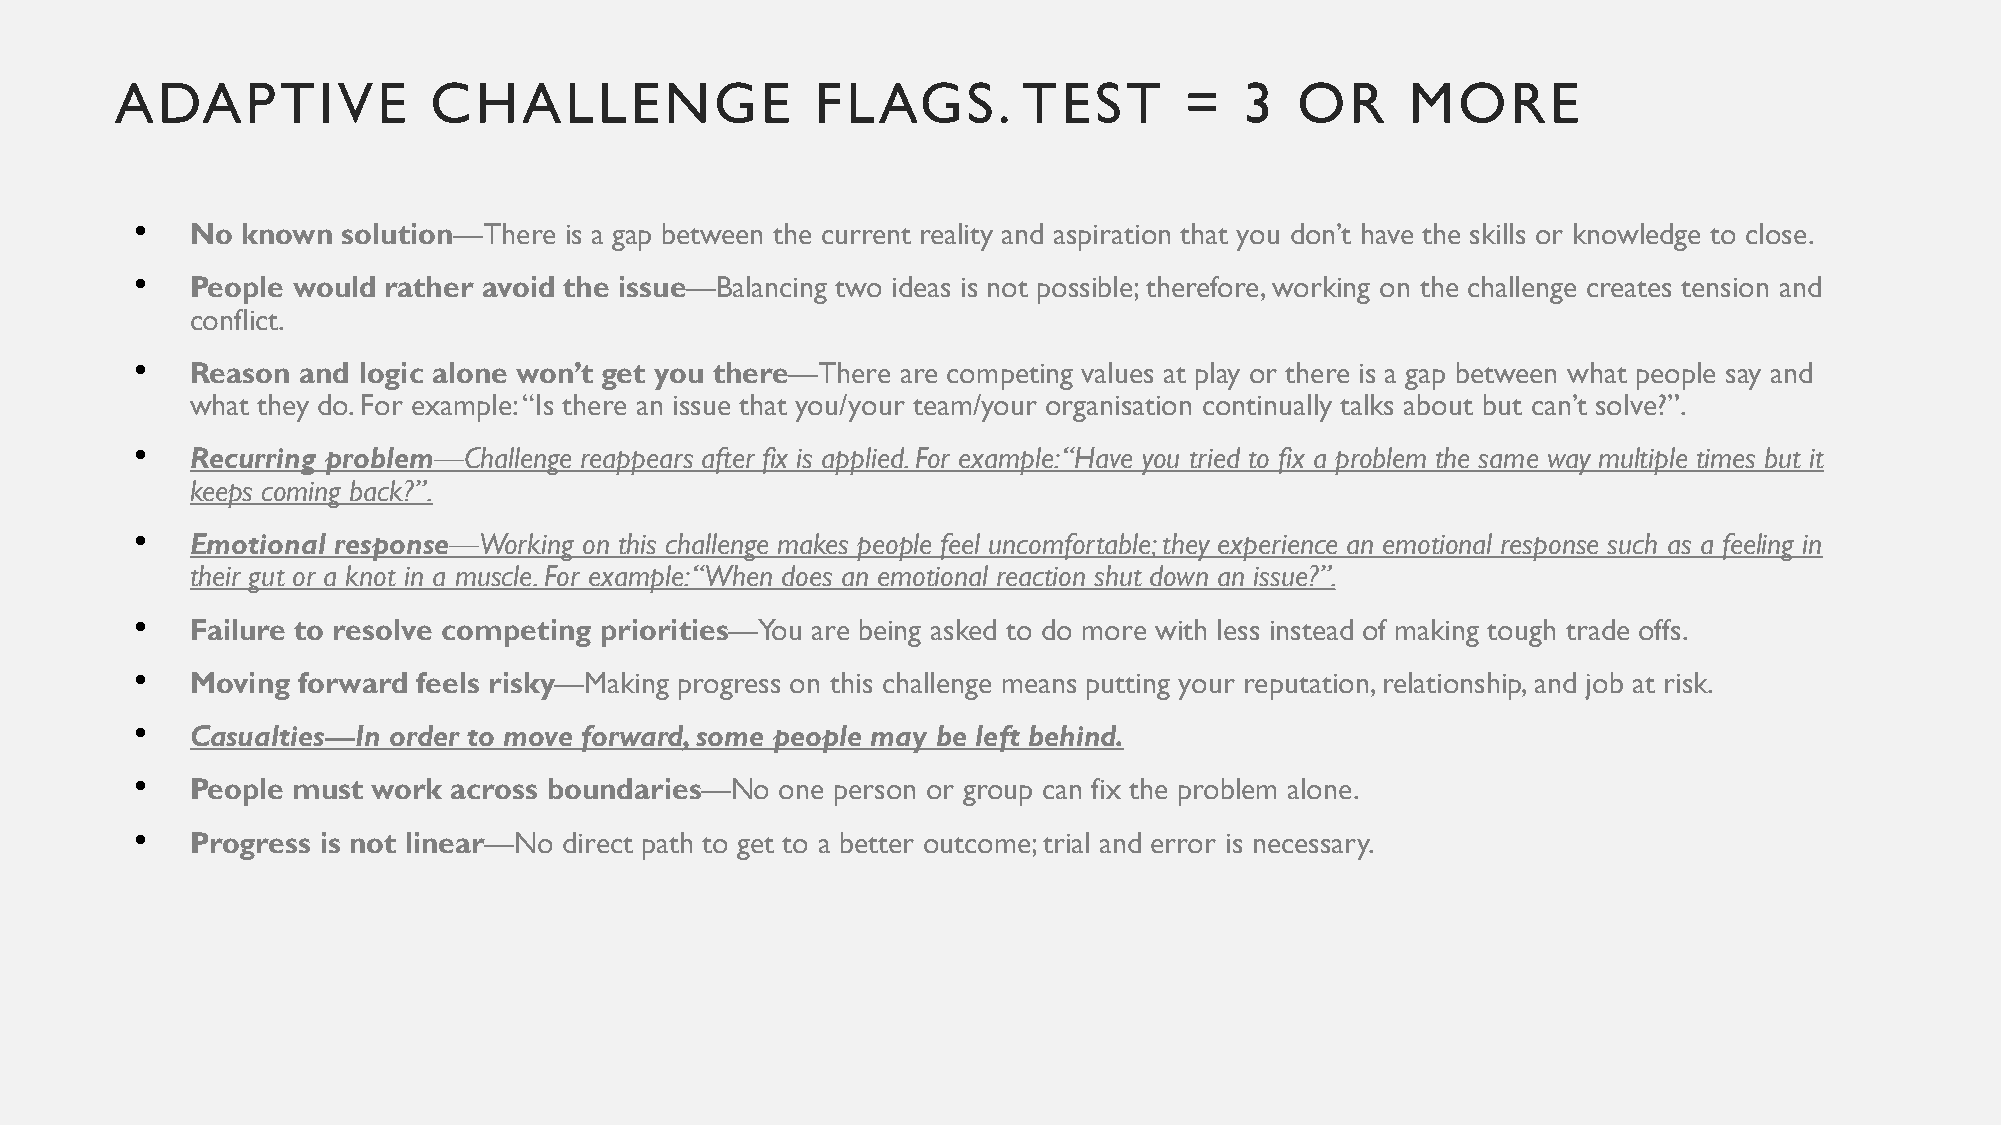
ADAPTIVE            CHALLENGE                 FLAGS.        TEST      =   3   OR     MORE
 •
 No known  solution—There is a gap between the current reality and aspiration that you don’t have the skills or knowledge to close.
 •
 People would rather avoid the issue—Balancing two ideas is not possible; therefore, working on the challenge creates tension and
 conflict.
 •
 Reason and logic alone won’t get you there—There are competing values at play or there is a gap between what people say and
 what they do. For example: “Is there an issue that you/your team/your organisation continually talks about but can’t solve?”.
 •
 Recurring problem—Challenge reappears after fix is applied. For example: “Have you tried to fix a problem the same way multiple times but it
 keeps coming back?”.
 •
 Emotional response—Working on this challenge makes people feel uncomfortable; they experience an emotional response such as a feeling in
 their gut or a knot in a muscle. For example: “When does an emotional reaction shut down an issue?”.
 •
 Failure to resolve competing priorities—You are being asked to do more with less instead of making tough trade offs.
 •
 Moving forward feels risky—Making progress on this challenge means putting your reputation, relationship, and job at risk.
 •
 Casualties—In order to move forward, some people may be left behind.
 •
 People must work across boundaries—No  one person or group can fix the problem alone.
 •
 Progress is not linear—No direct path to get to a better outcome; trial and error is necessary.